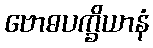
ဗောဓပက္ခိယာနံ